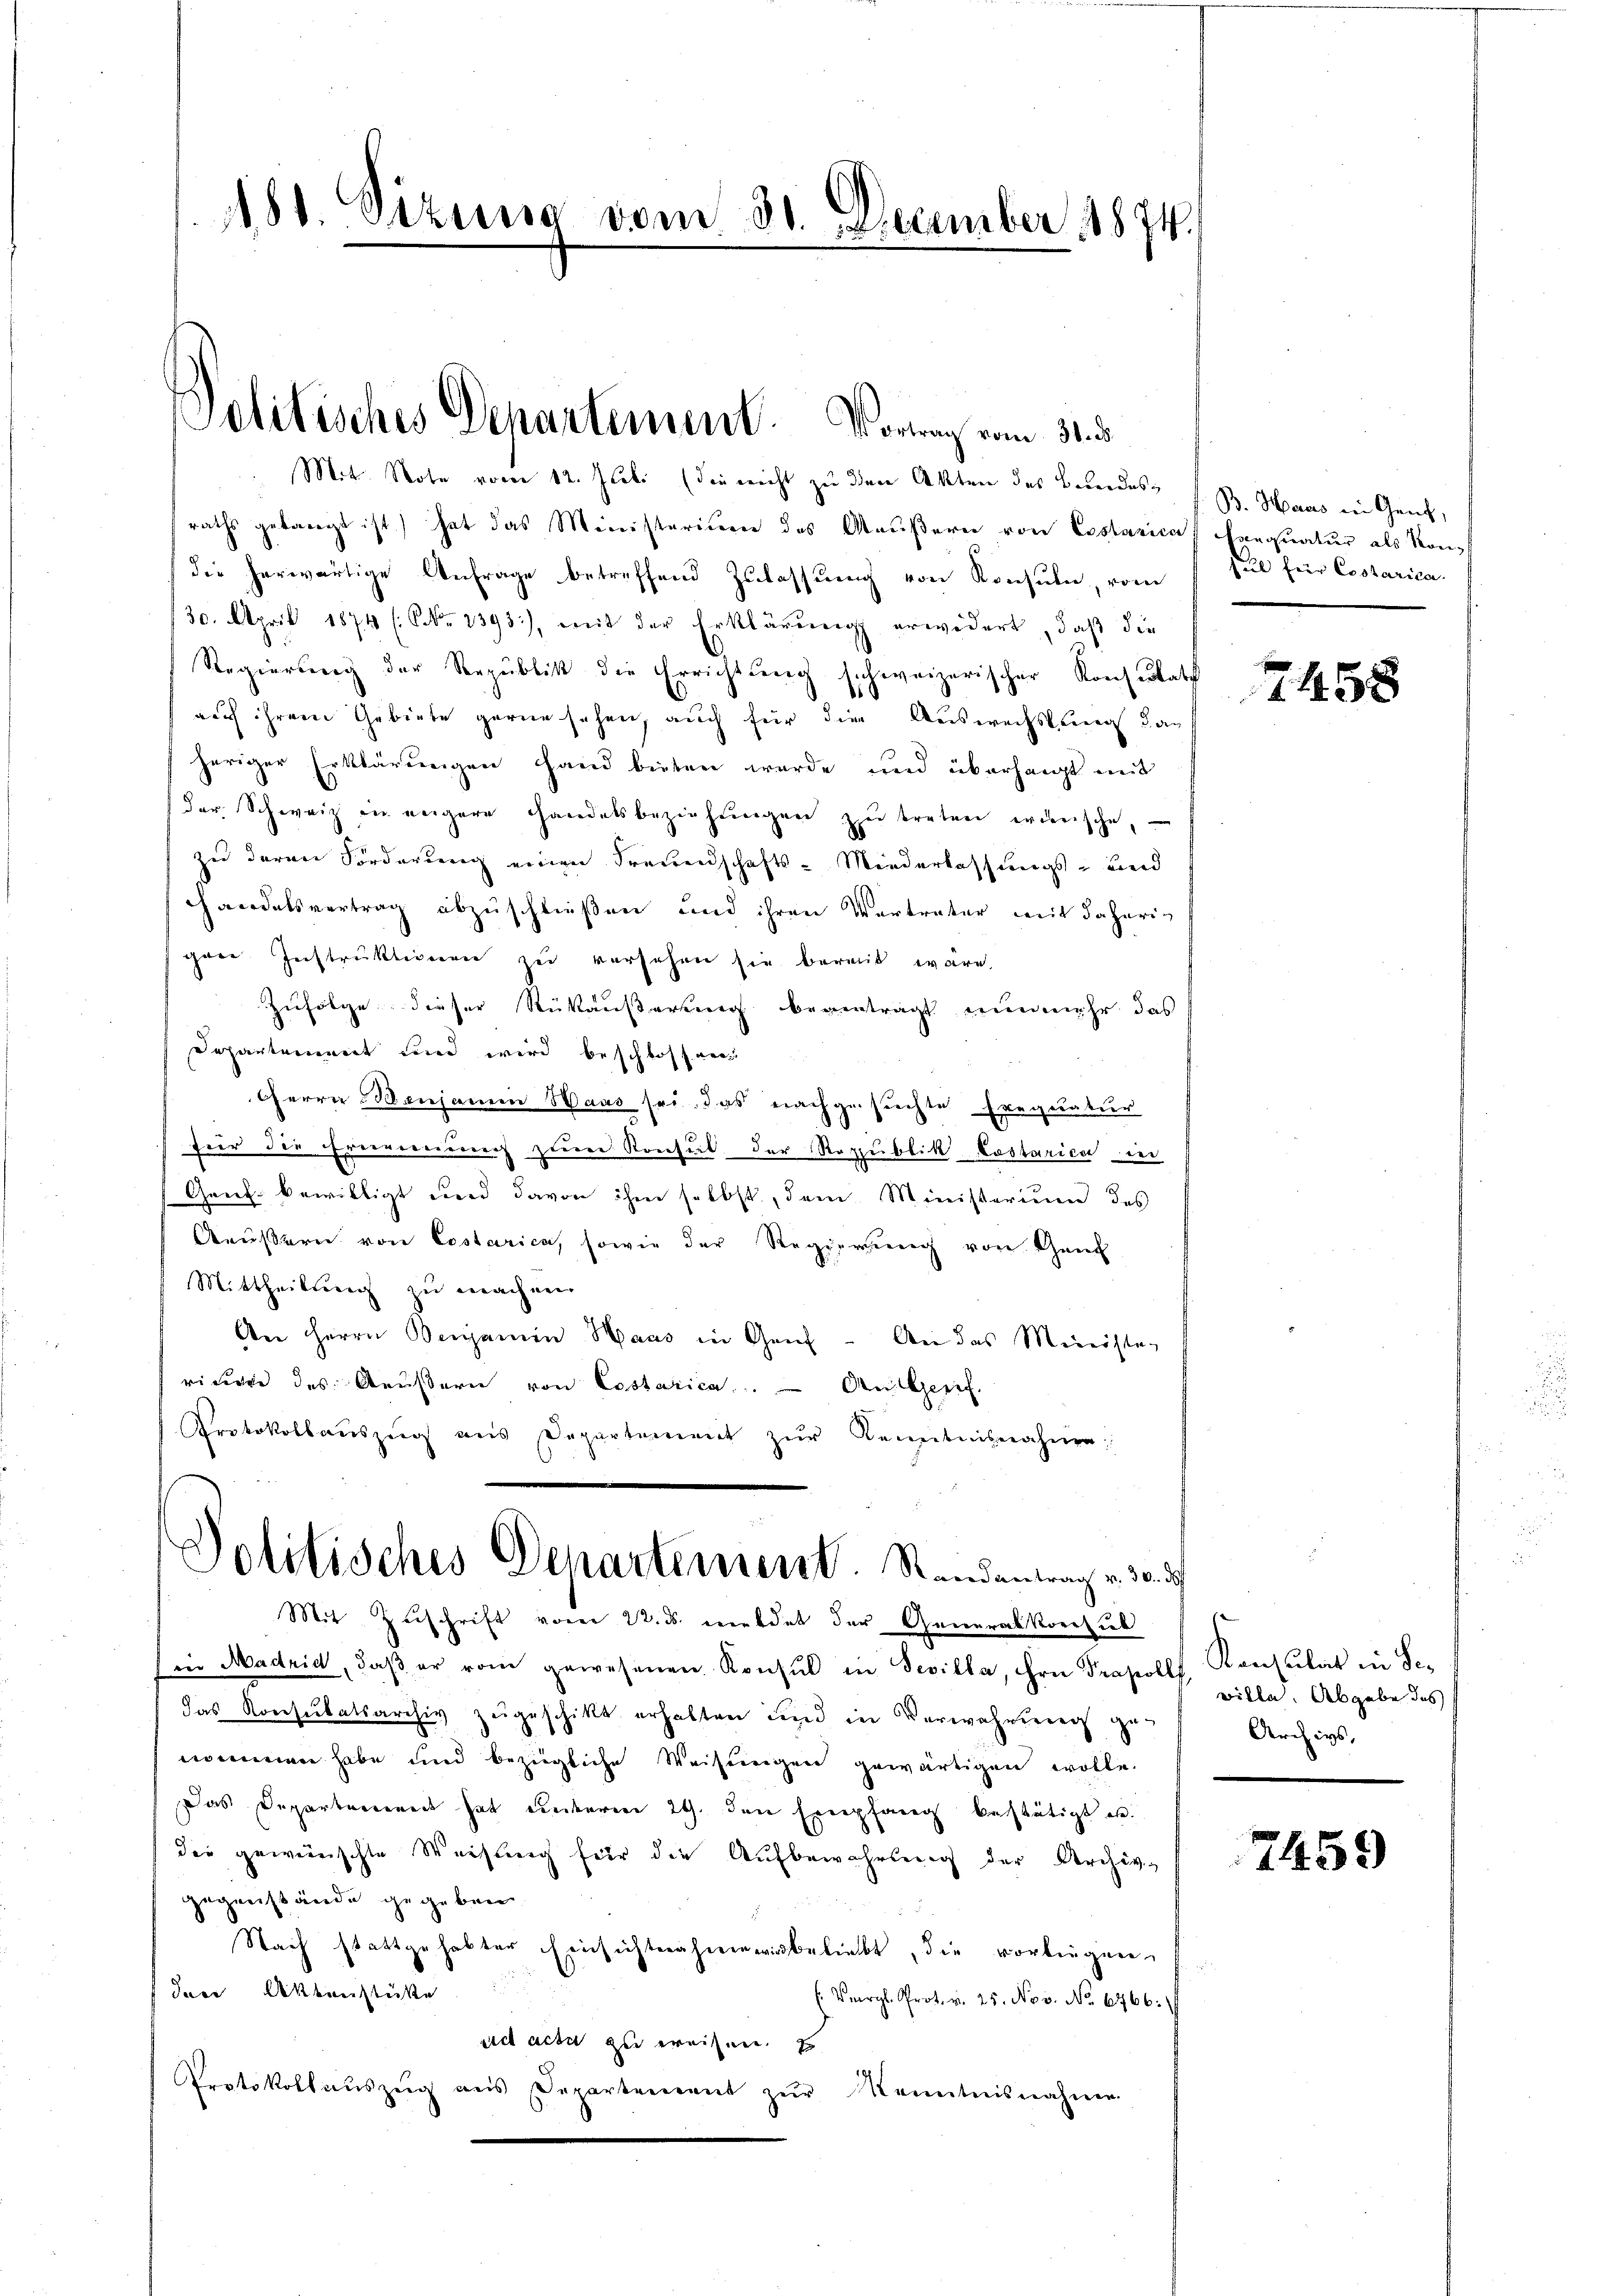
A88. Sizung vom 31. December 1874.

raths gelangt ist) hat das Ministerium des Aaŭβere von Costarica
(die herwärtige Anfrage betreffend Zulassung von Konsuln, vom
30. April 1874 (NNo. 2393), mit der Erklärung erwidert, daß die
Regierung der Serpublik die Errichtung schweizerischer Konsultat
d
auf ihrem Gebiete gerne sehen, auch für die Auswechslung dan
heriger Erklärungen hand bieten wurde und überhaupt mit
der Schweiz in engere Handelsbeziehŭngen zŭ treten wünsche,
zu deren Forderung einen Freundschafts-Miederlassungs- und
chandelsvertrag abzuschließen und ihren Verträter mit daherig
gen Instruktionen zu versehen sie bereit wäre.
Zufolge dieser Rükäußerung beantragt nunmehr das
Departement und wird beschlossenen
Herrn Benjamin Haas sei, das nachgesuchte Exequatur
für die Ereignung zum Konsul der Republik Costarica der
Genf. bewilligt und davon ihm selbst, dem Ministerium des
Aeußern von Costarica, sowie der Regierung von Gant
Mittheilung zu machen.
An Herrn Bergamen Haus in Genf. An das Minister
riciere des Aeußern von Lostarica. An Geref.
Protokollaŭszŭg ans Departement zŭr Kenntnisnahme:
Politisches Departement. Randantrag v. 30. d.
Mit Zuschrift vorer 22. ds. meldet der Generalkonsul
in Madrid, daβ er vom gewesenen Konsul in Sevilla, ihre Propolls Konsulat in Sedas Konsulatsarchiv zugeschickt erhalten und in Verwahrung genommen habe und bezügliche Weisungen gewärtigen wolle.
Das Departement hat unterm 24. den Empfang bestätigt er.
dee gewünschte Weisung für die Aufbewahreng der Archiv-
gegenstände gegeben.
Nach stattgehabter Einsichtnahmen wir beliebt, die vorlegen.
Das Aktenstätte
: Vergl. Prot. v. 25. Nov. No. 6766.
ad acti zu ereisen. E
Protokollaŭszŭg aŭs Departement zŭr Kenntnisnahmen.

Politisches Departement. Vorrag vom 21. d.
Mit. Note vom 12. Juli (die nicht zu den Akten des Bundes¬

B. Haus in Genf,
Exequatur als Konel für Costarica.

2458

ville. Abgabe des
Archivs,

7459